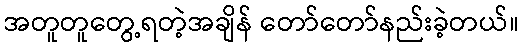
အတူတူတွေ့ရတဲ့အချိန် တော်တော်နည်းခဲ့တယ်။